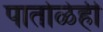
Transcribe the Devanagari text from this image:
पातोळेही